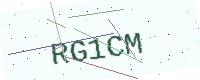
Text: RG1CM